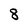
Character: 8